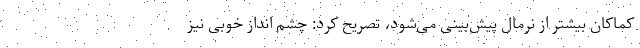
کماکان بیشتر از نرمال پیش‌بینی می‌شود، تصریح کرد: چشم انداز خوبی نیز